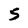
Character: s